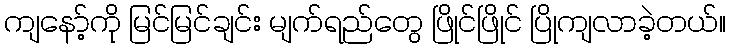
ကျနော့်ကို မြင်မြင်ချင်း မျက်ရည်တွေ ဖြိုင်ဖြိုင် ပြိုကျလာခဲ့တယ်။